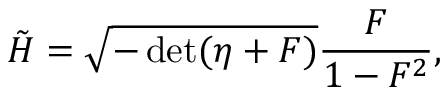
{ \tilde { H } } = \sqrt { - \operatorname * { d e t } ( \eta + { \cal F } ) } \frac { { \cal F } } { 1 - { \cal F } ^ { 2 } } ,